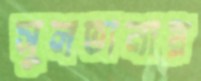
সুলতানায়